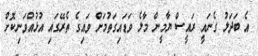
އެ ބަދަލު ގެނައީ ރައީސް ޔާމީން މާލެ ވަޑައިގަތުމަށް ވައިގެ ތެރޭގައި އުޅުއްވަނިކޮށް